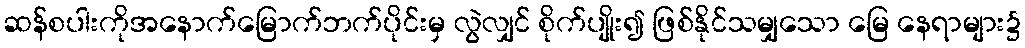
ဆန်စပါးကိုအနောက်မြောက်ဘက်ပိုင်းမှ လွဲလျှင် စိုက်ပျိုး၍ ဖြစ်နိုင်သမျှသော မြေ နေရာများ၌